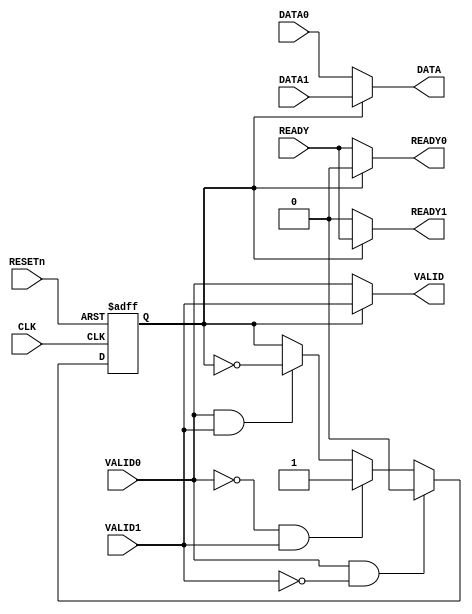
module RForwardFabric
(
	input            CLK,
	input            RESETn,

	input     [76:0] DATA0,
	input            VALID0,
	output           READY0,

	input     [76:0] DATA1,
	input            VALID1,
	output           READY1,

	output    [76:0] DATA,
	output           VALID,
	input            READY
);

reg switch;

always @(switch)begin
	if (switch)begin
		DATA   = DATA1;
		VALID  = VALID1;
		READY1 = READY;
		READY0 = 0;
	end else begin
		DATA   = DATA0;
		VALID  = VALID0;
		READY0 = READY;
		READY1 = 0;
	end
end

always @(posedge CLK or negedge RESETn)begin
    if (!RESETn)begin
		switch <= 1'b0;
    end else begin
        if (VALID0 && !VALID1)begin
			switch <= 1'b0;
        end else if (!VALID0 && VALID1)begin
			switch <= 1'b1;
        end else if (VALID0 && VALID1)begin
			switch <= ~switch;
		end
    end
end

endmodule